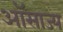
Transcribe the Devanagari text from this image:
ऑसाज्य